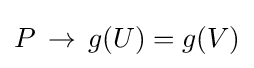
P\,\to \,g(U)=g(V)